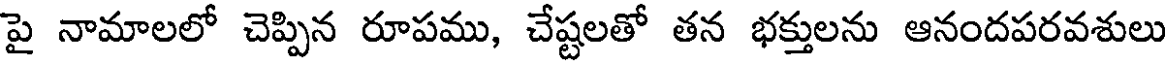
పై నామాలలో చెప్పిన రూపము, చేష్టలతో తన భక్తులను ఆనందపరవశులు